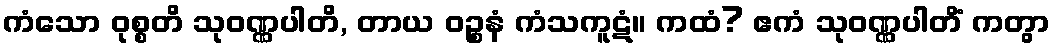
ကံသော ဝုစ္စတိ သုဝဏ္ဏပါတိ, တာယ ဝဉ္စနံ ကံသကူဋံ။ ကထံ? ဧကံ သုဝဏ္ဏပါတိံ ကတွာ